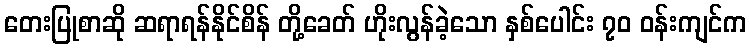
တေးပြုစာဆို ဆရာရန်နိုင်စိန် တို့ခေတ် ဟိုးလွန်ခဲ့သော နှစ်ပေါင်း ၇၀ ဝန်းကျင်က